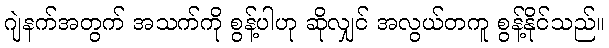
ဂျဲနက်အတွက် အသက်ကို စွန့်ပါဟု ဆိုလျှင် အလွယ်တကူ စွန့်နိုင်သည်။